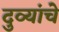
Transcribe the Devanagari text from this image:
दुव्यांचे